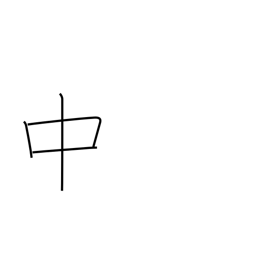
Meaning: in